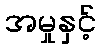
အမှုနှင့်